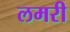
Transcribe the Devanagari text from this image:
लमरी